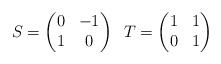
LaTeX: \begin{align*}S = \begin{pmatrix} 0 & -1\\ 1 & 0 \end{pmatrix}\; \;T = \begin{pmatrix} 1 & 1\\ 0 & 1 \end{pmatrix}\end{align*}